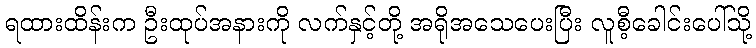
ရထားထိန်းက ဦးထုပ်အနားကို လက်နှင့်တို့ အရိုအသေပေးပြီး လူစီ့ခေါင်းပေါ်သို့